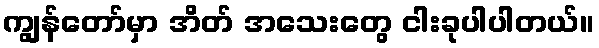
ကျွန်တော်မှာ အိတ် အသေးတွေ ငါးခုပါပါတယ်။